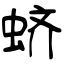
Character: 蛴